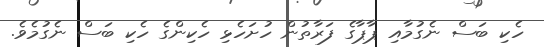
ހެކި ބަސް ނެގުމާއި ޕާޕާގެ ފަރާތުން ހުށަހެޅި ހެކިންގެ ހެކި ބަސް ނެގުމެވެ.